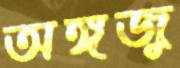
অঙ্গজু